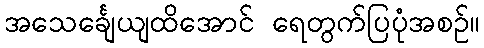
အသေင်္ချေယျထိအောင် ရေတွက်ပြပုံအစဉ်။